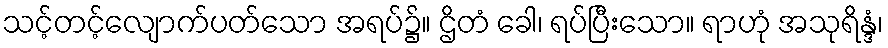
သင့်တင့်လျောက်ပတ်သော အရပ်၌။ ဌိတံ ခေါ၊ ရပ်ပြီးသော။ ရာဟုံ အသုရိန္ဒံ၊